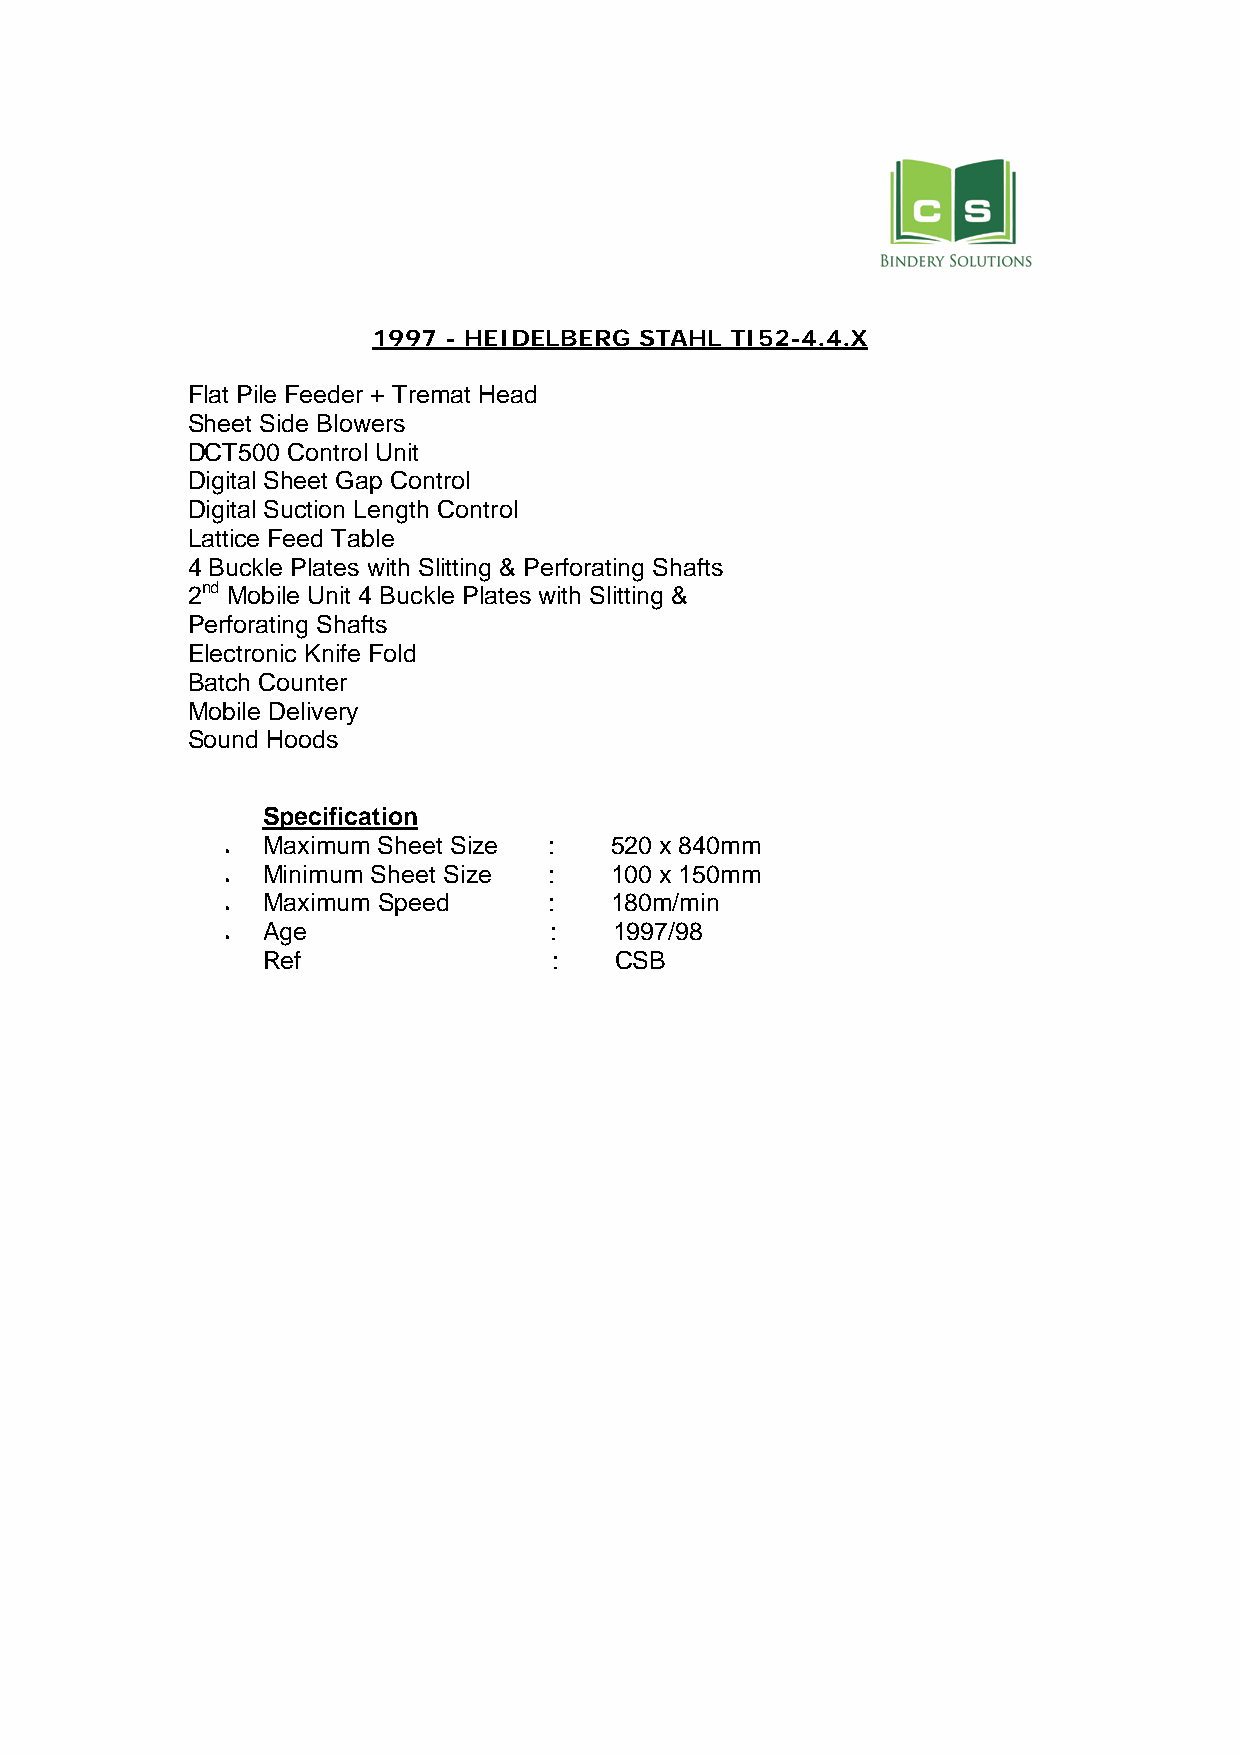
1997 - HEIDELBERG STAHL TI52-4.4.X
 Flat Pile Feeder + Tremat Head
 Sheet Side Blowers
 DCT500 Control Unit
 Digital Sheet Gap Control
 Digital Suction Length Control
 Lattice Feed Table
 4 Buckle Plates with Slitting & Perforating Shafts
 2nd Mobile Unit 4 Buckle Plates with Slitting &
 Perforating Shafts
 Electronic Knife Fold
 Batch Counter
 Mobile Delivery
 Sound Hoods
 Specification
 Maximum Sheet Size :   520 x 840mm
 •
 Minimum Sheet Size :   100 x 150mm
 •
 Maximum Speed      :   180m/min
 •
 Age                :    1997/98
 •
 Ref                 :   CSB